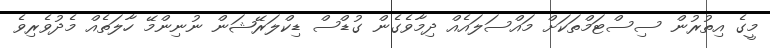
މީގެ އިތުރުން ސިސްޓަމްތަކަށް މައްސަލައެއް ދިމާވެގެން ގުޑްސް ޑިކްލަރޭޝަން ނުނިންމޭ ހާލަތެއް މެދުވެރިވެ